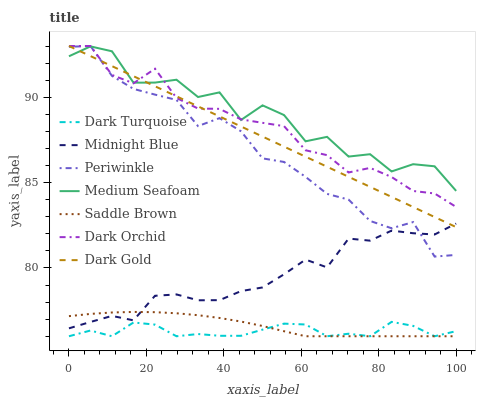
| xaxis_label | Dark Turquoise | Midnight Blue | Periwinkle | Medium Seafoam | Saddle Brown | Dark Orchid | Dark Gold |
 | --- | --- | --- | --- | --- | --- | --- | --- |
 | 0 | 76 | 76.5 | 93 | 92.4 | 77.2 | 93 | 93 |
 | 5.56 | 76.3 | 76.8 | 93 | 93 | 77.3 | 93 | 92.4 |
 | 11.1 | 76 | 77.2 | 91.3 | 92.7 | 77.4 | 91.3 | 91.8 |
 | 16.7 | 76.8 | 76.9 | 90.5 | 90.9 | 77.4 | 90.8 | 91.2 |
 | 22.2 | 76.7 | 78.4 | 90.2 | 90.9 | 77.4 | 91.7 | 90.6 |
 | 27.8 | 76 | 78.4 | 89.8 | 91 | 77.3 | 90 | 90.1 |
 | 33.3 | 76.1 | 78.1 | 88.3 | 90 | 77.2 | 89.3 | 89.5 |
 | 38.9 | 76 | 78.1 | 88.8 | 90.3 | 77.1 | 89.3 | 88.9 |
 | 44.4 | 76 | 78.6 | 88 | 88.7 | 76.9 | 88.7 | 88.3 |
 | 50 | 76.4 | 78.9 | 86.4 | 89.5 | 76.6 | 88.5 | 87.7 |
 | 55.6 | 76.7 | 79.6 | 86.2 | 89 | 76.3 | 88.3 | 87.1 |
 | 61.1 | 76.7 | 80.5 | 85.3 | 87.4 | 76 | 86.9 | 86.5 |
 | 66.7 | 76 | 80 | 84.3 | 87.7 | 76 | 86.6 | 85.9 |
 | 72.2 | 76.1 | 81.7 | 84 | 86.5 | 76 | 85.6 | 85.3 |
 | 77.8 | 76 | 81.6 | 82.8 | 86.7 | 76 | 85.9 | 84.7 |
 | 83.3 | 76.8 | 82.2 | 82.3 | 85.7 | 76 | 85.3 | 84.2 |
 | 88.9 | 76.6 | 82 | 82.7 | 86.1 | 76 | 84.5 | 83.6 |
 | 94.4 | 76 | 82 | 80.7 | 86 | 76 | 84.4 | 83 |
 | 100 | 76.3 | 82.6 | 80.8 | 84.5 | 76 | 83.6 | 82.4 |